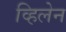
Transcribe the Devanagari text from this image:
व्हिलेन